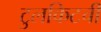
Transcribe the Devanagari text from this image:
टुलकिटची